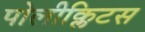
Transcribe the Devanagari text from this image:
पोलीक्लिटस